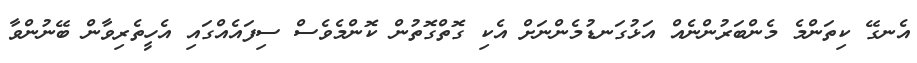
އެނގޭ ކިތަންމެ މެންބަރުންނެއް އަޅުގަނޑުމެންނަށް އެކި ގޮތްގޮތުން ކޮންމެވެސް ސިފައެއްގައި އެހީތެރިވާން ބޭނުންވާ